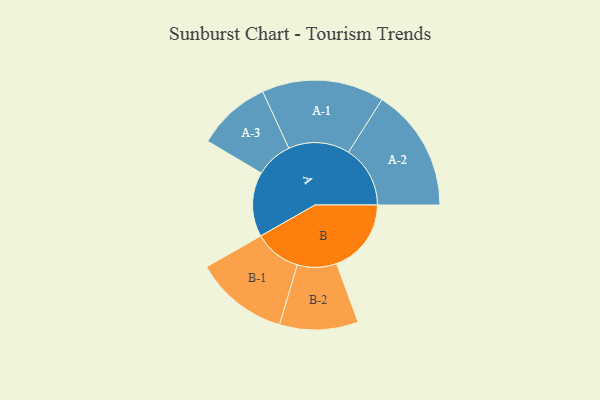
{"axis": {"x": "Segment", "y": "Value"}, "legend": ["", "A", "B"], "data": [{"x": "A", "y": 298, "type": ""}, {"x": "B", "y": 344, "type": ""}, {"x": "A-1", "y": 282, "type": "A"}, {"x": "A-2", "y": 284, "type": "A"}, {"x": "A-3", "y": 170, "type": "A"}, {"x": "B-1", "y": 216, "type": "B"}, {"x": "B-2", "y": 181, "type": "B"}]}